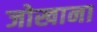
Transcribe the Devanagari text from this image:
जोखाना